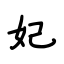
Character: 妃